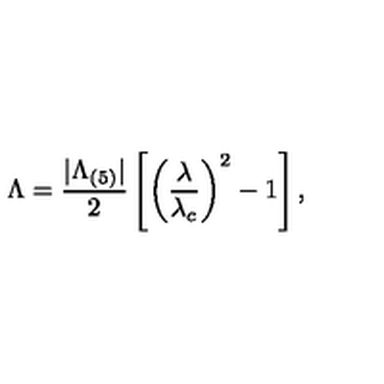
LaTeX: \Lambda = \frac { | \Lambda _ { ( 5 ) } | } { 2 } \left[ \left( \frac { \lambda } { \lambda _ { c } } \right) ^ { 2 } - 1 \right] ,